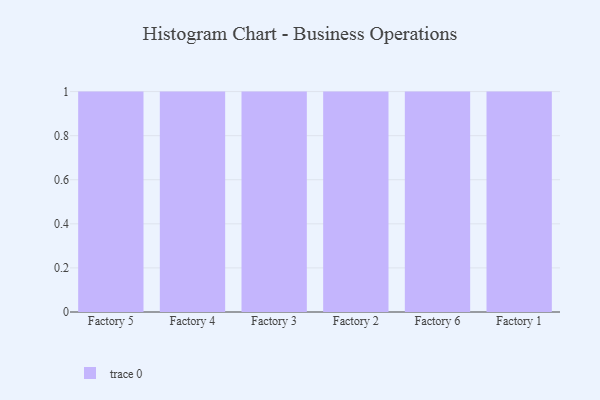
{"axis": {"x": "Factory", "y": "Temperature (°C)"}, "legend": [""], "data": [{"x": "Factory 5", "y": 29, "type": ""}, {"x": "Factory 4", "y": 69, "type": ""}, {"x": "Factory 3", "y": 69, "type": ""}, {"x": "Factory 2", "y": 51, "type": ""}, {"x": "Factory 6", "y": 56, "type": ""}, {"x": "Factory 1", "y": 100, "type": ""}]}